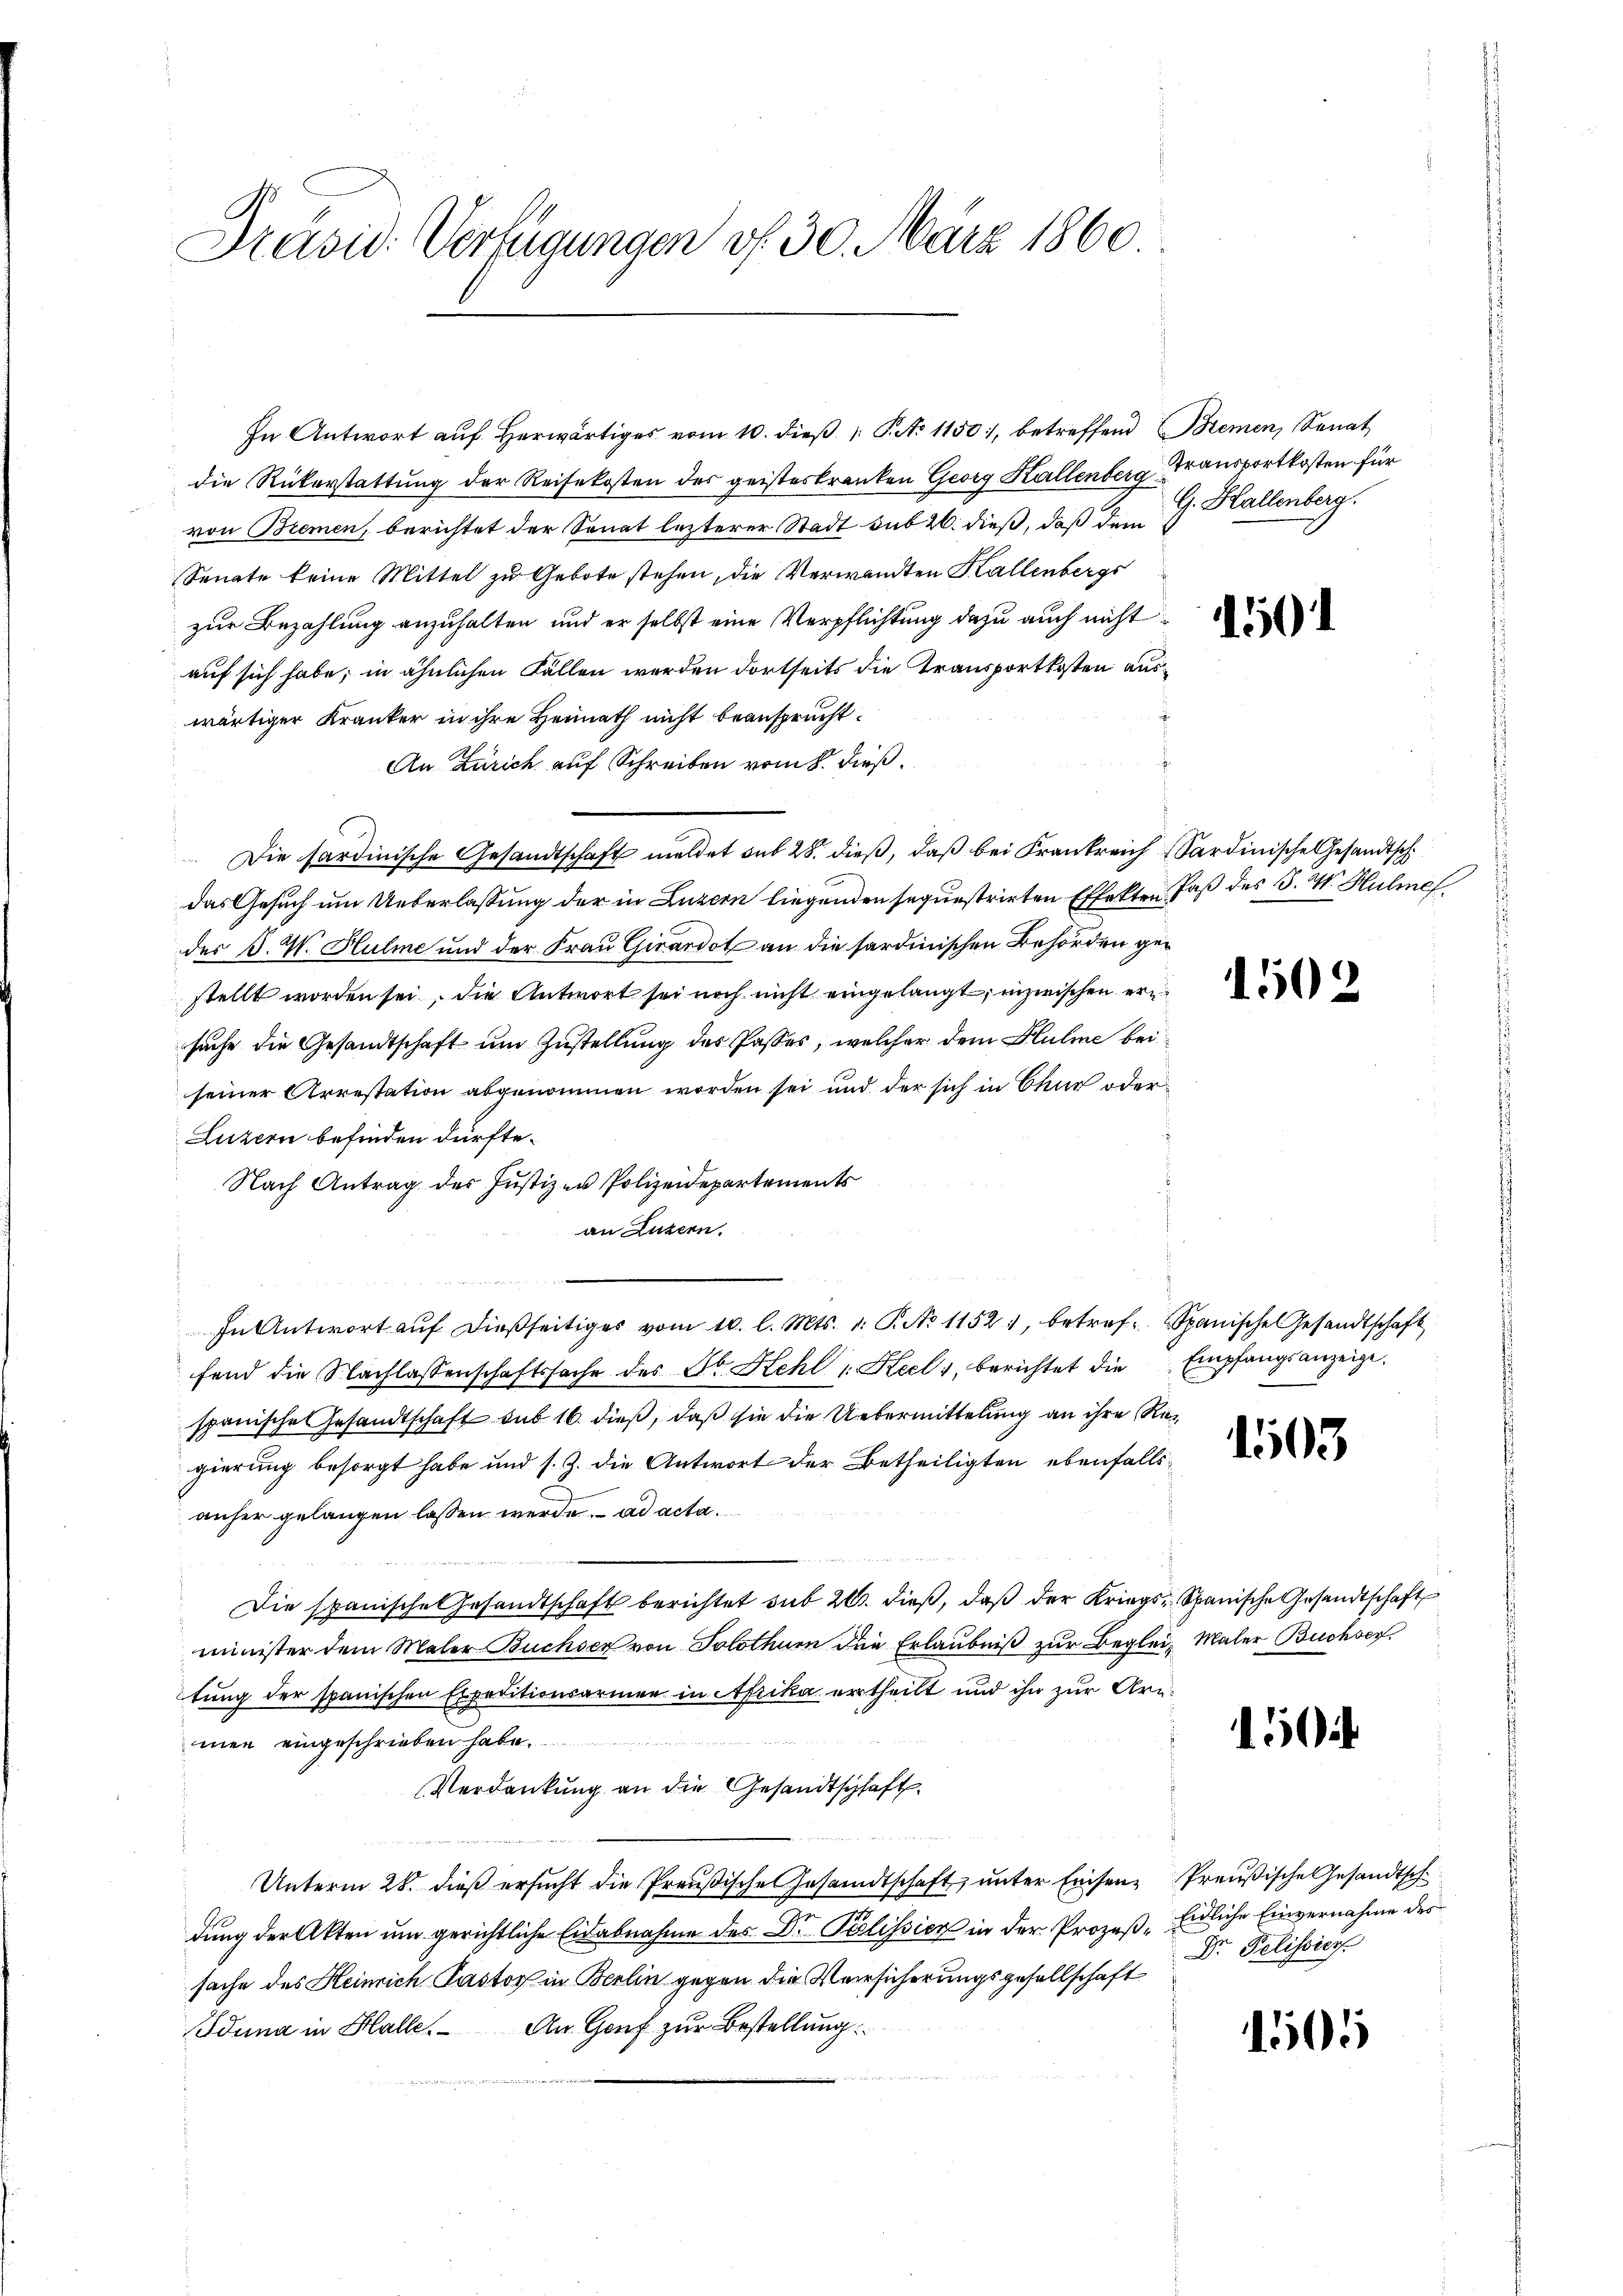
Präsid. Verfügungen v. 30. März 1860

die Rükerstattung der Reisekosten des geisteskranken Georg Hallenberg, Transportkosten für
von Bremen, berichtet der Senat lezterer Stadt sub 26. dieß, daß dem
Senate keine Mittel zu Gebote stehen, die Verwandten Hallenbergs
zur Bezahlung anzuhalten und er selbst eine Verpflichtung dazu auch nicht
auf sich habe, in ähnlichen Fallen werden dortseits die Transportkosten auswärtiger Kranker in ihre Heimath nicht beansprucht.
An Zürich auf Schreiben vom 8. dieß.
Die sardinische Gesandtschaft meldet sub 28. dieß, daß bei Frankreich Sardinische Gesandtsch
das Gesuch um Ueberlassung der in Luzern liegenden seguestrirten Effekten Paß des S. W. Hulmes.
des §. 4. Hulme und der Frau Girardot an die sardinischen Behörden gestellt worden sei, die Antwort sei noch nicht eingelangt; inzwischen ern
suche die Gesandtschaft um Zustellung des Passes, welcher dem Kulme bei
seiner Arrestation abgenommen worden sei und der sich in Chur oder
Luzern befinden dürfte.
Nach Antrag der Justizen Polizeidepartements
an Luzern.
In Antwort auf dießseitiges vom 10. l. Mts. 1. P. No 11521, betref Spanische Gesandtschaft
fend die Nachlassenschaftssache des St. Hehl " Keel, berichtet die Empfangsanzeige.
spanische Gesandtschaft sub 16. dieß, daß sie die Uebermittelung an ihre Regierung besorgt habe und s. Z. die Antwort der Betheiligten ebenfalls
anher gelangen lassen werde. ad acta.
Die spanische Gesandtschaft berichtet sub 20. dieß, daß der Kriegs-Spanische Gesandtschaft
minister dem Maler Buchser von Solothurn die Erlaubniß zur Beglei- Maler Buchsertung der spanischen Expeditionsarmen in Afrika ertheilt und ihn zur Arnmen eingeschrieben habe.
Verdankung an die Gesandtschaft
Unterm 28. dieß ersucht die Preußische Gesandtschaft, unter Einsen-Preußische Gesandtsch
dung der Akten um gerichtliche Eidabnahme des Dr. Pelissich in der Prozeßsache des Heinrich Pastor in Berlin gegen die Versicherungsgesellschaft
An Gruf zur Bestellung
Iduna in Halle

In Antwort aŭf herwärtiges vom 10. dieβ.  No 11501, betreffend Bremen, Senat

G. Hallenberg.

1501

1502

1503

150

Eidliche Einvernahme des
Dr. Pelisier

1505